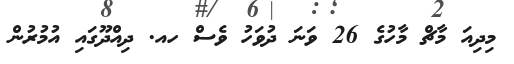
މިދިއަ މާޗް މާހުގެ 26 ވަނަ ދުވަހު ވެސް ހއ. ދިއްދޫގައި އުމުރުން